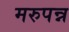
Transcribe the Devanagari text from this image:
मरुपन्न